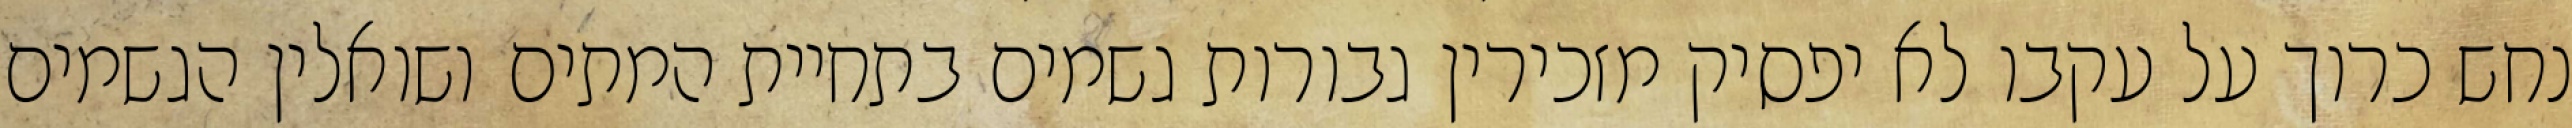
נחש כרוך על עקבו לא יפסיק מזכירין גבורות גשמים בתחיית המתים ושואלין הגשמים